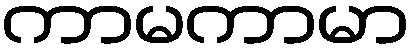
ကာမကာမာ